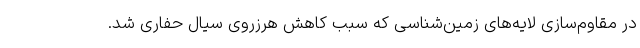
در مقاوم‌سازی لایه‌های زمین‌شناسی که سبب کاهش هرزروی سیال حفاری شد.